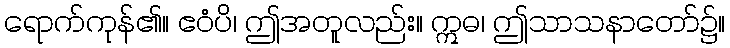
ရောက်ကုန်၏။ ဧဝံပိ၊ ဤအတူလည်း။ ဣဓ၊ ဤသာသနာတော်၌။